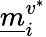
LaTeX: \underline{m}_{i}^{v^{*}}